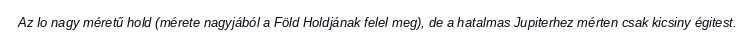
Az Io nagy méretű hold (mérete nagyjából a Föld Holdjának felel meg), de a hatalmas Jupiterhez mérten csak kicsiny égitest.